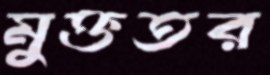
মুক্ততর